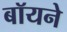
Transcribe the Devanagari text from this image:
बॉयने